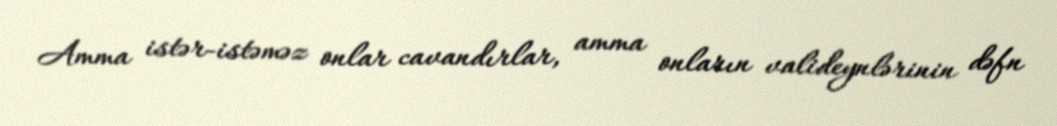
Amma istər-istəməz onlar cavandırlar, amma onların valideynlərinin dəfn